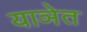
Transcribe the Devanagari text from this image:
याञेत